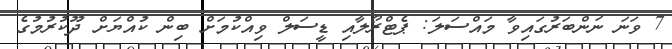
7 ވަނަ ނަންބަރުގައިވާ މައްސަލަ: ޕެޓްރޯލާއި ޑީސަލް ވިއްކުމަށް ބިން ކުއްޔަށް ދޫކުރުމުގެ